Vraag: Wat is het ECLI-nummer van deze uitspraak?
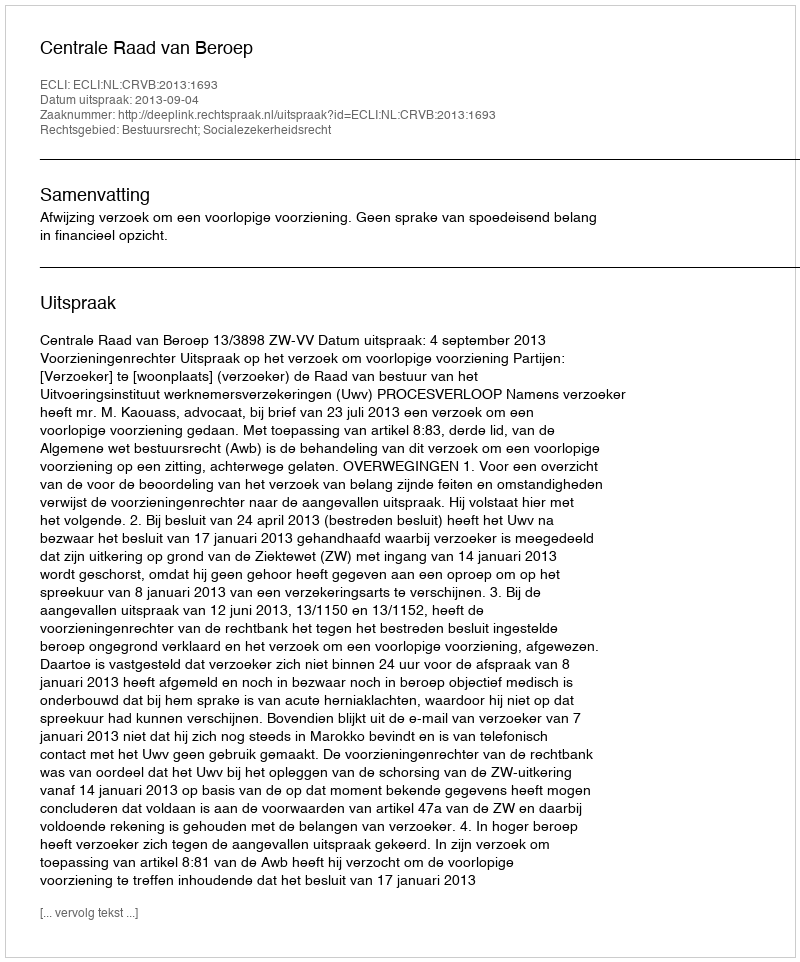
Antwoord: ECLI:NL:CRVB:2013:1693